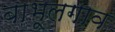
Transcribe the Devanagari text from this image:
बाभूलगाव